Annual statistical returns and brief notes on vaccination in Bengal - 1887-1898
Year: 1887
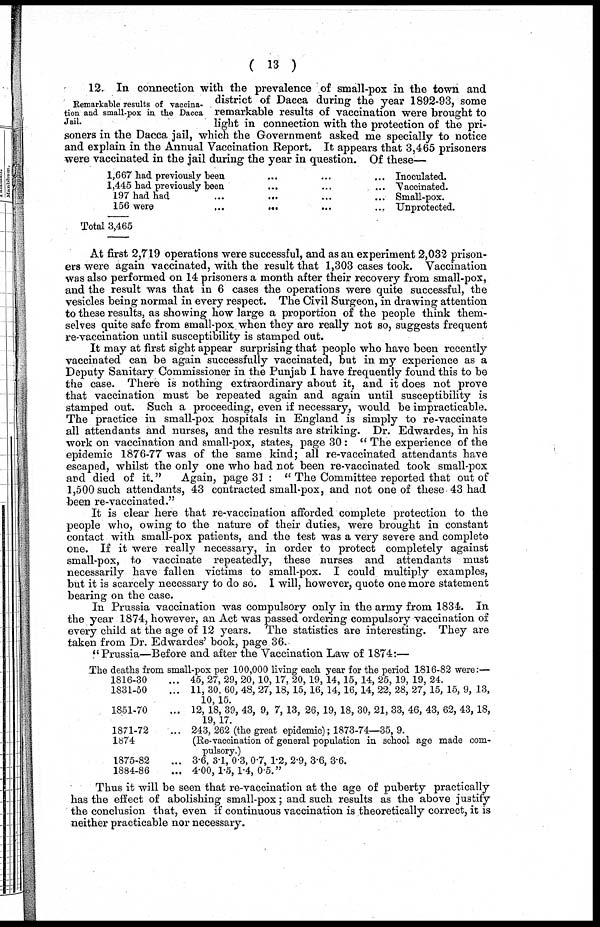
( 13 )
Remarkable results of vaccina¬
tion and small-pox in the Dacca
Jail.
12. In connection with the prevalence of small-pox in the town and
district of Dacca during the year 1892-93, some
remarkable results of vaccination were brought to
light in connection with the protection of the pri-
soners in the Dacca jail, which the Government asked me specially to notice
and explain in the Annual Vaccination Report. It appears that 3,465 prisoners
were vaccinated in the jail during the year in question. Of these—
1,667 had previously been... ...
1,445 had previously been... ...
197 had had... ...
156
were...
...
Total 3,465
Inoculated.
Vaccinated.
Small-pox.
Unprotected.
At first 2,719 operations were successful, and as an experiment 2,032 prison-
ers were again vaccinated, with the result that 1,303 cases took. Vaccination
was also performed on 14 prisoners a month after their recovery from small-pox,
and the result was that in 6 cases the operations were quite successful, the
vesicles being normal in every respect. The Civil Surgeon, in drawing attention
to these results, as showing how large a proportion of the people think them-
selves quite safe from small-pox when they are really not so, suggests frequent
re-vaccination until susceptibility is stamped out.
It may at first sight appear surprising that people who have been recently
vaccinated can be again successfully vaccinated, but in my experience as a
Deputy Sanitary Commissioner in the Punjab I have frequently found this to be
the case. There is nothing extraordinary about it, and it does not prove
that vaccination must be repeated again and again until susceptibility is
stamped out. Such a proceeding, even if necessary, would be impracticable.
The practice in small-pox hospitals in England is simply to re-vaccinate
all attendants and nurses, and the results are striking. Dr. Edwardes, in his
work on vaccination and small-pox, states, page 30: " The experience of the
epidemic 1876-77 was of the same kind; all re-vaccinated attendants have
escaped, whilst the only one who had not been re-vaccinated took small-pox
and died of it."
Again, page 31 : " The Committee reported that out of
1,500 such attendants, 43 contracted small-pox, and not one of these 43 had
been re-vaccinated."
It is clear here that re-vaccination afforded complete protection to the
people who, owing to the nature of their duties, were brought in constant
contact with small-pox patients, and the test was a very severe and complete
one. If it were really necessary, in order to protect completely against
small-pox, to vaccinate repeatedly, these nurses and attendants must
necessarily have fallen victims to small-pox. I could multiply examples,
but it is scarcely necessary to do so. I will, however, quote one more statement
bearing on the case.
In Prussia vaccination was compulsory only in the army from 1834. In
the year 1874, however, an Act was passed ordering compulsory vaccination of
every child at the age of 12 years. The statistics are interesting. They are
taken from Dr. Edwardes' book, page 36.
"Prussia—Before and after the Vaccination Law of 1874:—
The deaths from, small-pox per 100,000 living each year for the period 1816-82 were:—
1816-30 ...
1831-50 ...
1851-70 ...
1871-72 ...
1874
1875-82 ...
1884-86 ...
45, 27, 29, 20, 10, 17, 20, 19, 14, 15, 14, 25, 19, 19, 24.
11, 30, 60, 48, 27, 18,15, 16, 14,16,14, 22, 28, 27, 15, 15, 9, 13,
10, 15.
12, 18, 39, 43, 9, 7,13, 26, 19, 18, 30, 21, 33, 46, 43, 62, 43,18,
19,17.
243, 262 (the great epidemic); 1873-74—35, 9.
(Re-vaccination of general population in school age made com-
pulsory.)
3.6, 3.1, 0.3,0.7, 1.2, 2.9, 3.6, 3.6.
4.00,1.5, 1.4, 0.5."
Thus it will be seen that re-vaccination at the age of puberty practically
has the effect of abolishing small-pox; and such results as the above justify
the conclusion that, even if continuous vaccination is theoretically correct, it is
neither practicable nor necessary.